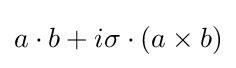
a\cdot b+i\sigma \cdot (a\times b)